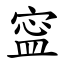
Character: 寍